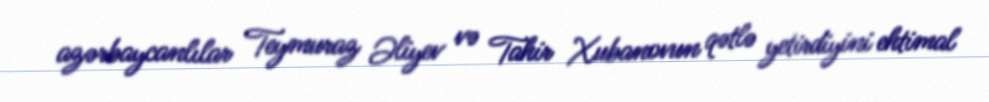
azərbaycanlılar Teymuraz Əliyev və Tahir Xubanovun qətlə yetirdiyini ehtimal